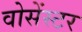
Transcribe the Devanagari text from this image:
वोसेंस्टर